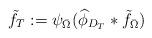
LaTeX: \begin{align*}\tilde{f}_T := \psi_{\bar \Omega}(\widehat\phi_{D_T}*\tilde{f}_{\bar \Omega})\end{align*}